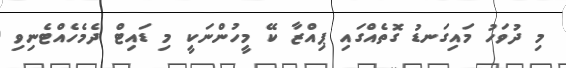
މި ދުވަހު މައިގަނޑު ގޮތެއްގައި ޕިއްޒާ ކޭ މީހުންނަކީ މި ޑައިޓް ދެމެހެއްޓެނިވި